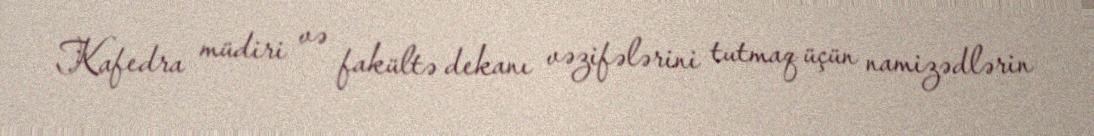
Kafedra müdiri və fakültə dekanı vəzifələrini tutmaq üçün namizədlərin